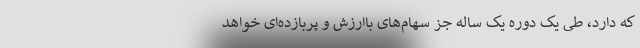
که دارد، طی یک دوره یک ساله جز سهام‌های باارزش و پربازده‌ای خواهد